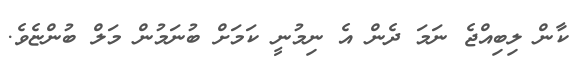
ކާން ލިބިއްޖެ ނަމަ ދެން އެ ނިމުނީ ކަމަށް ބުނަމުން މަލް ބުންޏެވެ.